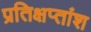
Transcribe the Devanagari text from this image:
प्रतिक्षप्तांश